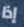
إذا